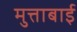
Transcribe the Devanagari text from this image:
मुत्ताबाई